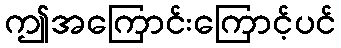
ဤအကြောင်းကြောင့်ပင်